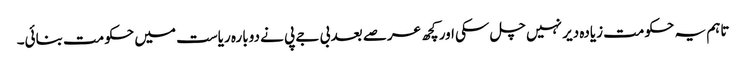
تاہم یہ حکومت زیادہ دیر نہیں چل سکی اور کچھ عرصے بعد بی جے پی نے دوبارہ ریاست میں حکومت بنائی۔